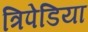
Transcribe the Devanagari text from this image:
त्रिपेडिया